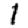
Digit: 1